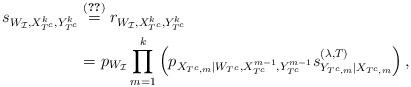
LaTeX: \begin{align*}s_{W_{\mathcal{I}}, X_{T^c}^k, Y_{T^c}^k} &\stackrel{\eqref{qSimulatingConstruction}}{=} r_{W_{\mathcal{I}},X_{T^c}^k, Y_{T^c}^k} \\* & \stackrel{}{=} p_{W_{\mathcal{I}}} \prod_{m=1}^k \left(p_{X_{T^c,m}|W_{T^c}, X_{T^c}^{m-1}, Y_{T^c}^{m-1}} s_{Y_{T^c,m}|X_{T^c,m}}^{(\lambda, T)}\right), \end{align*}